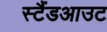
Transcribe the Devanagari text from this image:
स्टैंडआउट